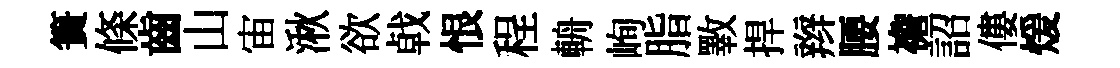
簣條齒山宙湫欲㦸恨程輈峋脂斁捍辫腰襜詔僂煖